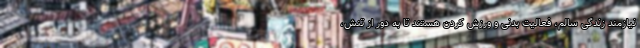
نیازمند زندگی سالم، فعالیت بدنی و ورزش کردن هستند تا به دور از تنش،